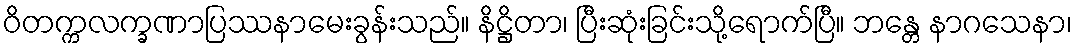
ဝိတက္ကလက္ခဏာပြဿနာမေးခွန်းသည်။ နိဋ္ဌိတာ၊ ပြီးဆုံးခြင်းသို့ရောက်ပြီ။ ဘန္တေ နာဂသေနာ၊